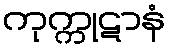
ကုက္ကုဋာနံ